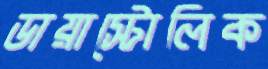
ডায়াস্টোলিক